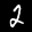
Label: 2